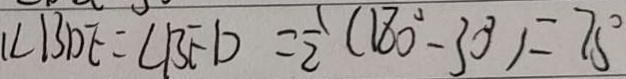
\angle B D E = \angle B F D = \frac { 1 } { 2 } ( 1 8 0 ^ { \circ } - 3 0 ^ { \circ } ) = 7 0 ^ { \circ }